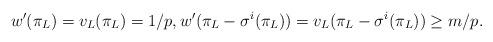
LaTeX: \begin{align*} w'(\pi_L)=v_L(\pi_L)=1/p, w'(\pi_L-\sigma^i(\pi_L))=v_L(\pi_L-\sigma^i(\pi_L))\geq m/p.\end{align*}